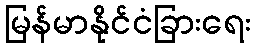
မြန်မာနိုင်ငံခြားရေး